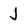
Character: j